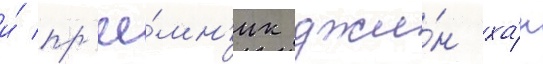
и́ пр'ее́мн'ик джи́н ха́н